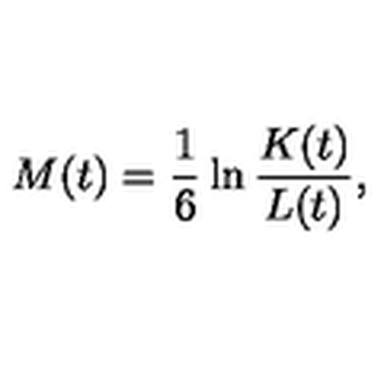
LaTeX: M ( t ) = \frac { 1 } { 6 } \ln \frac { K ( t ) } { L ( t ) } ,